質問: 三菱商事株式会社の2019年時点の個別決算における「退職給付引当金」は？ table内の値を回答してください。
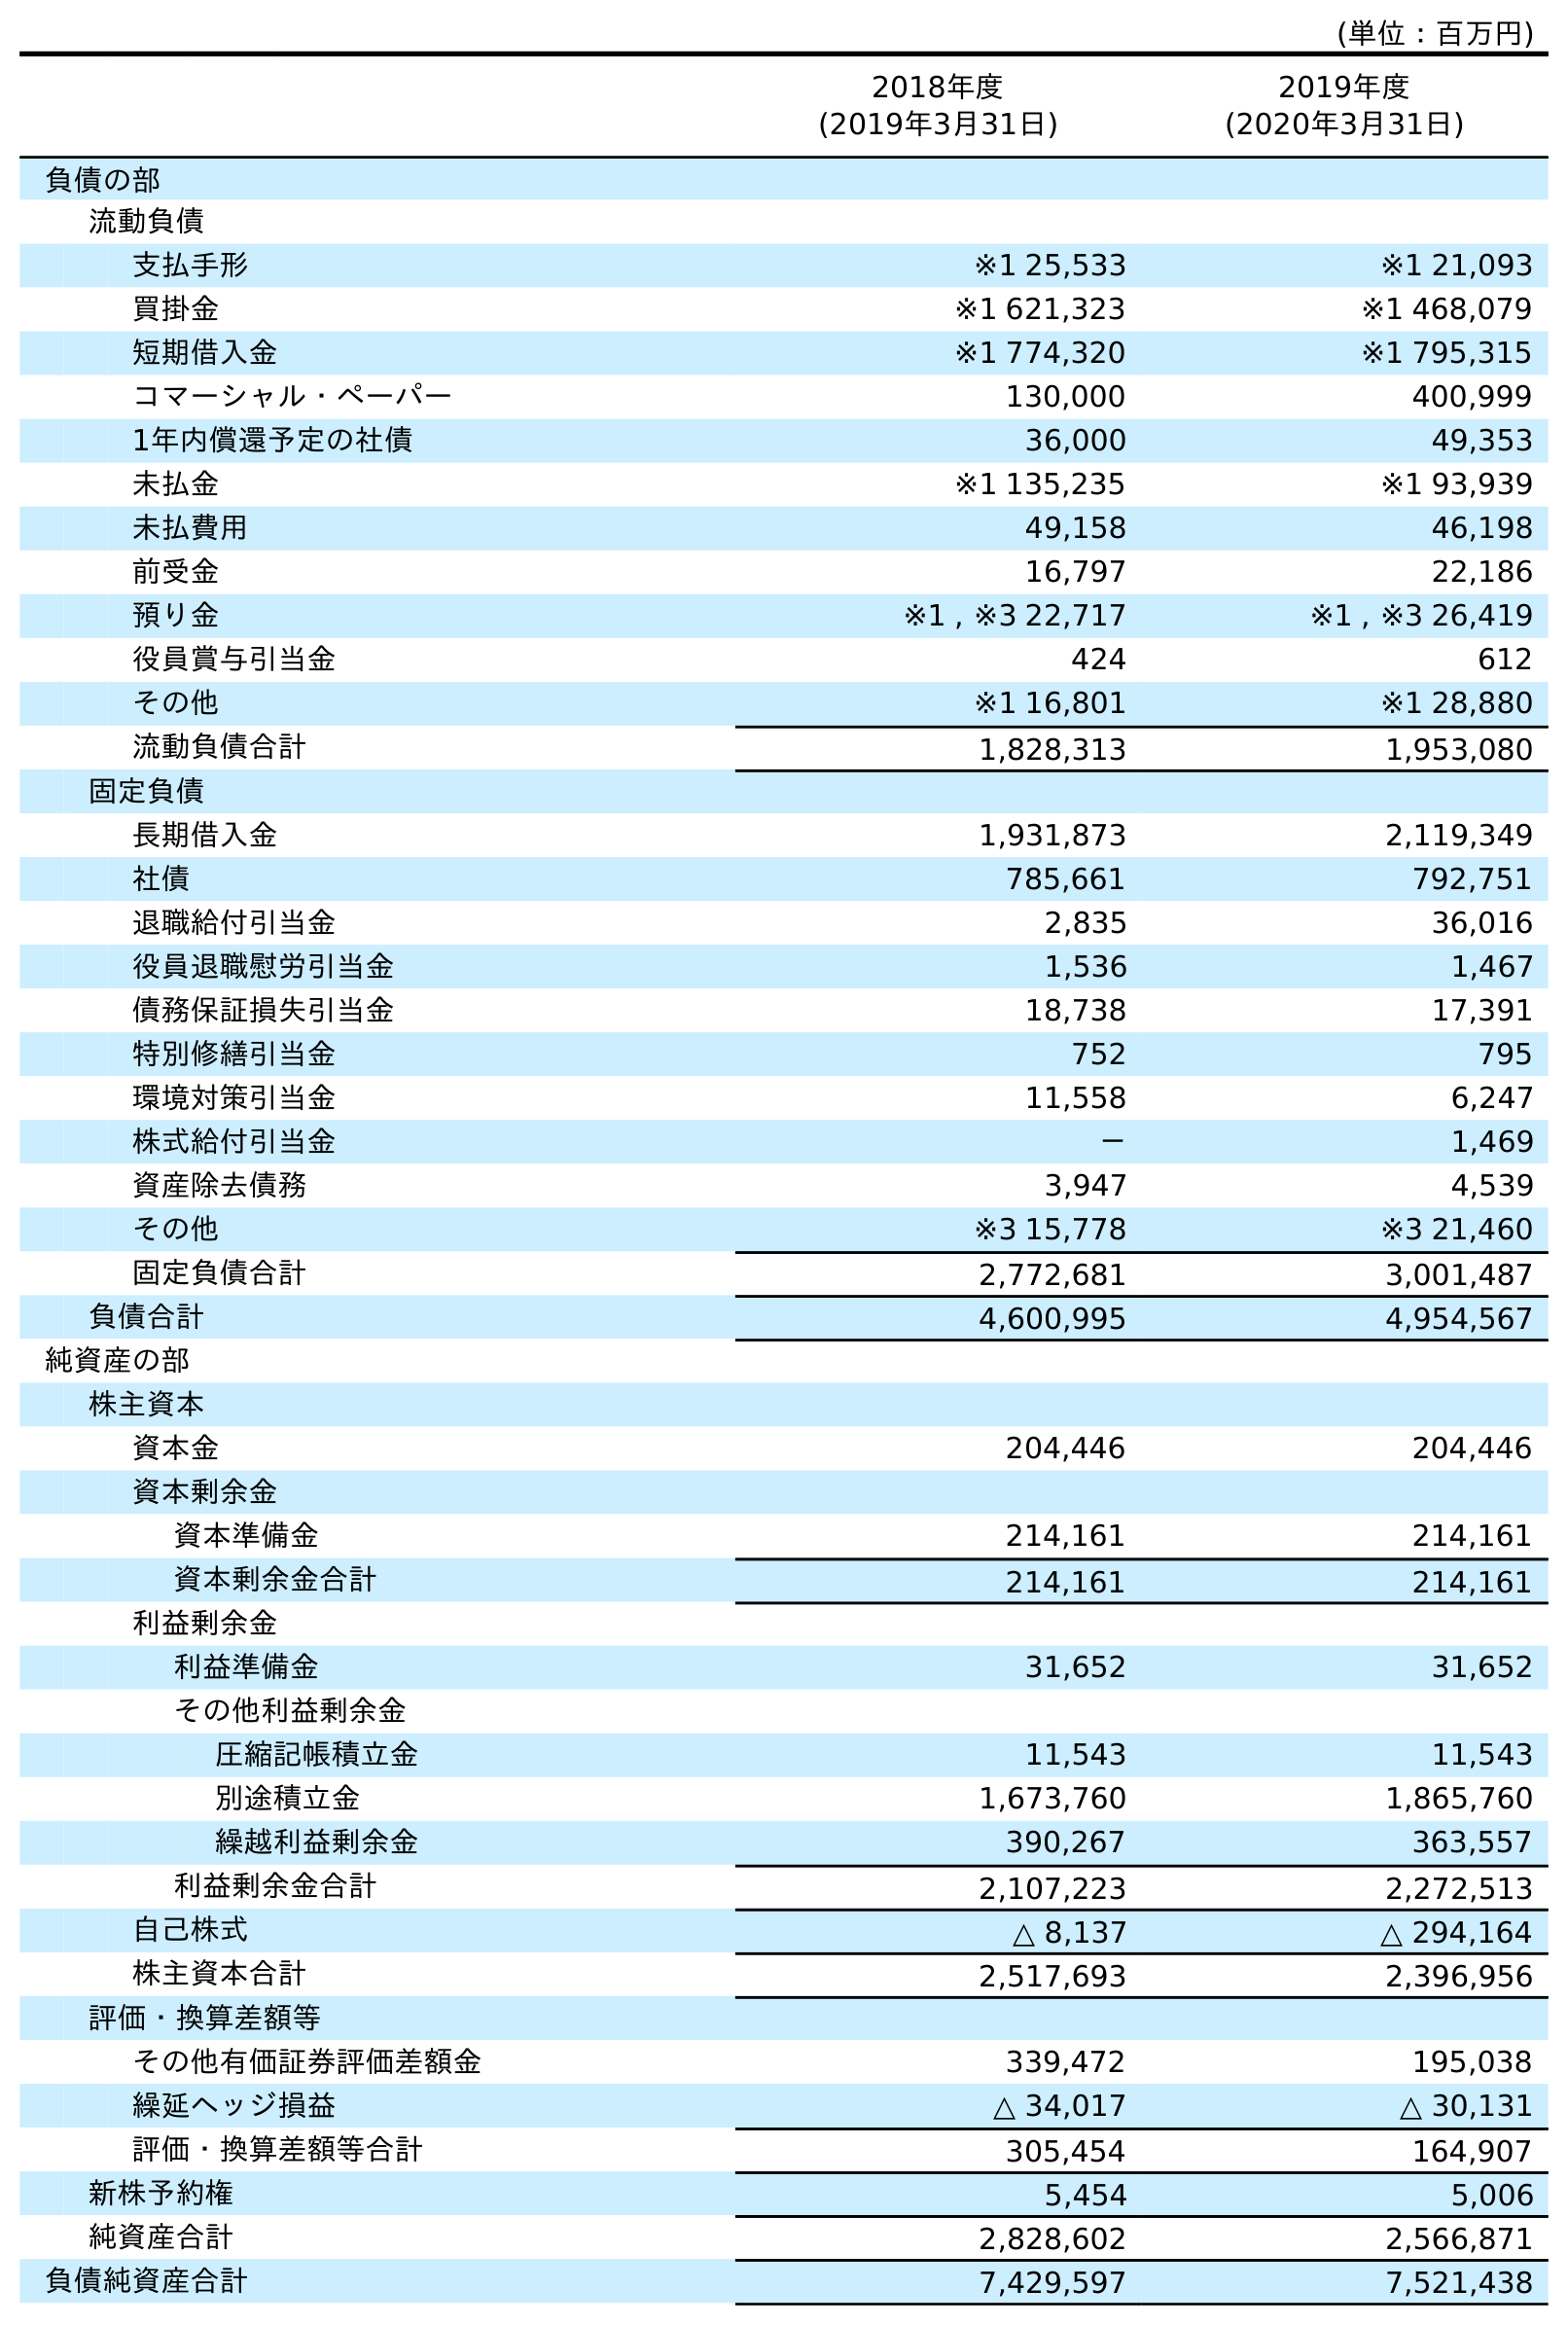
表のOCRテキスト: (単位：百万円) 2018年度 (2019年3月31日) 2019年度 (2020年3月31日) 負債の部 流動負債 支払手形 ※1 25,533 ※1 21,093 買掛金 ※1 621,323 ※1 468,079 短期借入金 ※1 774,320 ※1 795,315 コマーシャル・ペーパー 130,000 400,999 1年内償還予定の社債 36,000 49,353 未払金 ※1 135,235 ※1 93,939 未払費用 49,158 46,198 前受金 16,797 22,186 預り金 ※1 , ※3 22,717 ※1 , ※3 26,419 役員賞与引当金 424 612 その他 ※1 16,801 ※1 28,880 流動負債合計 1,828,313 1,953,080 固定負債 長期借入金 1,931,873 2,119,349 社債 785,661 792,751 退職給付引当金 2,835 36,016 役員退職慰労引当金 1,536 1,467 債務保証損失引当金 18,738 17,391 特別修繕引当金 752 795 環境対策引当金 11,558 6,247 株式給付引当金 － 1,469 資産除去債務 3,947 4,539 その他 ※3 15,778 ※3 21,460 固定負債合計 2,772,681 3,001,487 負債合計 4,600,995 4,954,567 純資産の部 株主資本 資本金 204,446 204,446 資本剰余金 資本準備金 214,161 214,161 資本剰余金合計 214,161 214,161 利益剰余金 利益準備金 31,652 31,652 その他利益剰余金 圧縮記帳積立金 11,543 11,543 別途積立金 1,673,760 1,865,760 繰越利益剰余金 390,267 363,557 利益剰余金合計 2,107,223 2,272,513 自己株式 △ 8,137 △ 294,164 株主資本合計 2,517,693 2,396,956 評価・換算差額等 その他有価証券評価差額金 339,472 195,038 繰延ヘッジ損益 △ 34,017 △ 30,131 評価・換算差額等合計 305,454 164,907 新株予約権 5,454 5,006 純資産合計 2,828,602 2,566,871 負債純資産合計 7,429,597 7,521,438
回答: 2,835